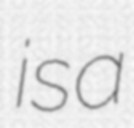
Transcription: is a